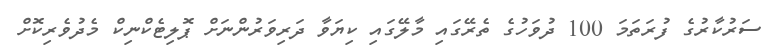
ސަރުކާރުގެ ފުރަތަމަ 100 ދުވަހުގެ ތެރޭގައި މާލޭގައި ކިޔަވާ ދަރިވަރުންނަށް ޕޮލިޓެކްނިކް މެދުވެރިކޮށް